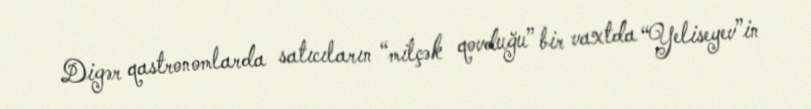
Digər qastronomlarda satıcıların “milçək qovduğu” bir vaxtda “Yeliseyev”in